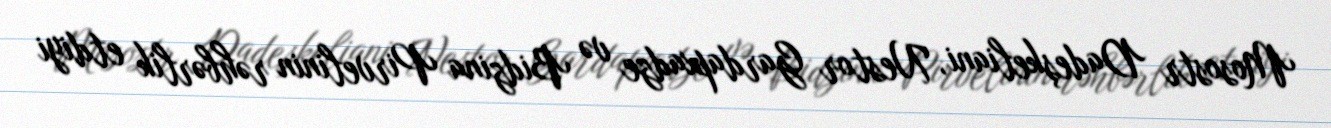
Mosostr Dadeşkeliani, Nestor Gardapxadze və Bidzina Pirvelinin rəhbərlik etdiyi